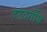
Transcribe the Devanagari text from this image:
तटवर्गीय